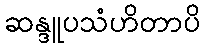
ဆန္ဒူပသံဟိတာပိ